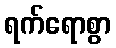
ရက်ရောစွာ